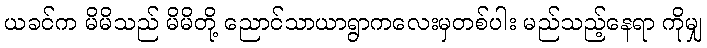
ယခင်က မိမိသည် မိမိတို့ ညောင်သာယာရွာကလေးမှတစ်ပါး မည်သည့်နေရာ ကိုမျှ